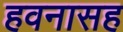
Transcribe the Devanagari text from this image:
हवनासह